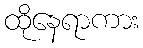
ထိုနေရာကား